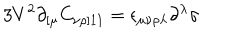
LaTeX: 3 V ^ { 2 } \partial _ { [ \mu } C _ { \nu \rho ] 1 1 } = \epsilon _ { \mu \nu \rho \lambda } \partial ^ { \lambda } \sigma